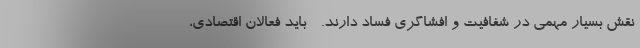
نقش بسیار مهمی در شفافیت و افشاگری فساد دارند. - باید فعالان اقتصادی،